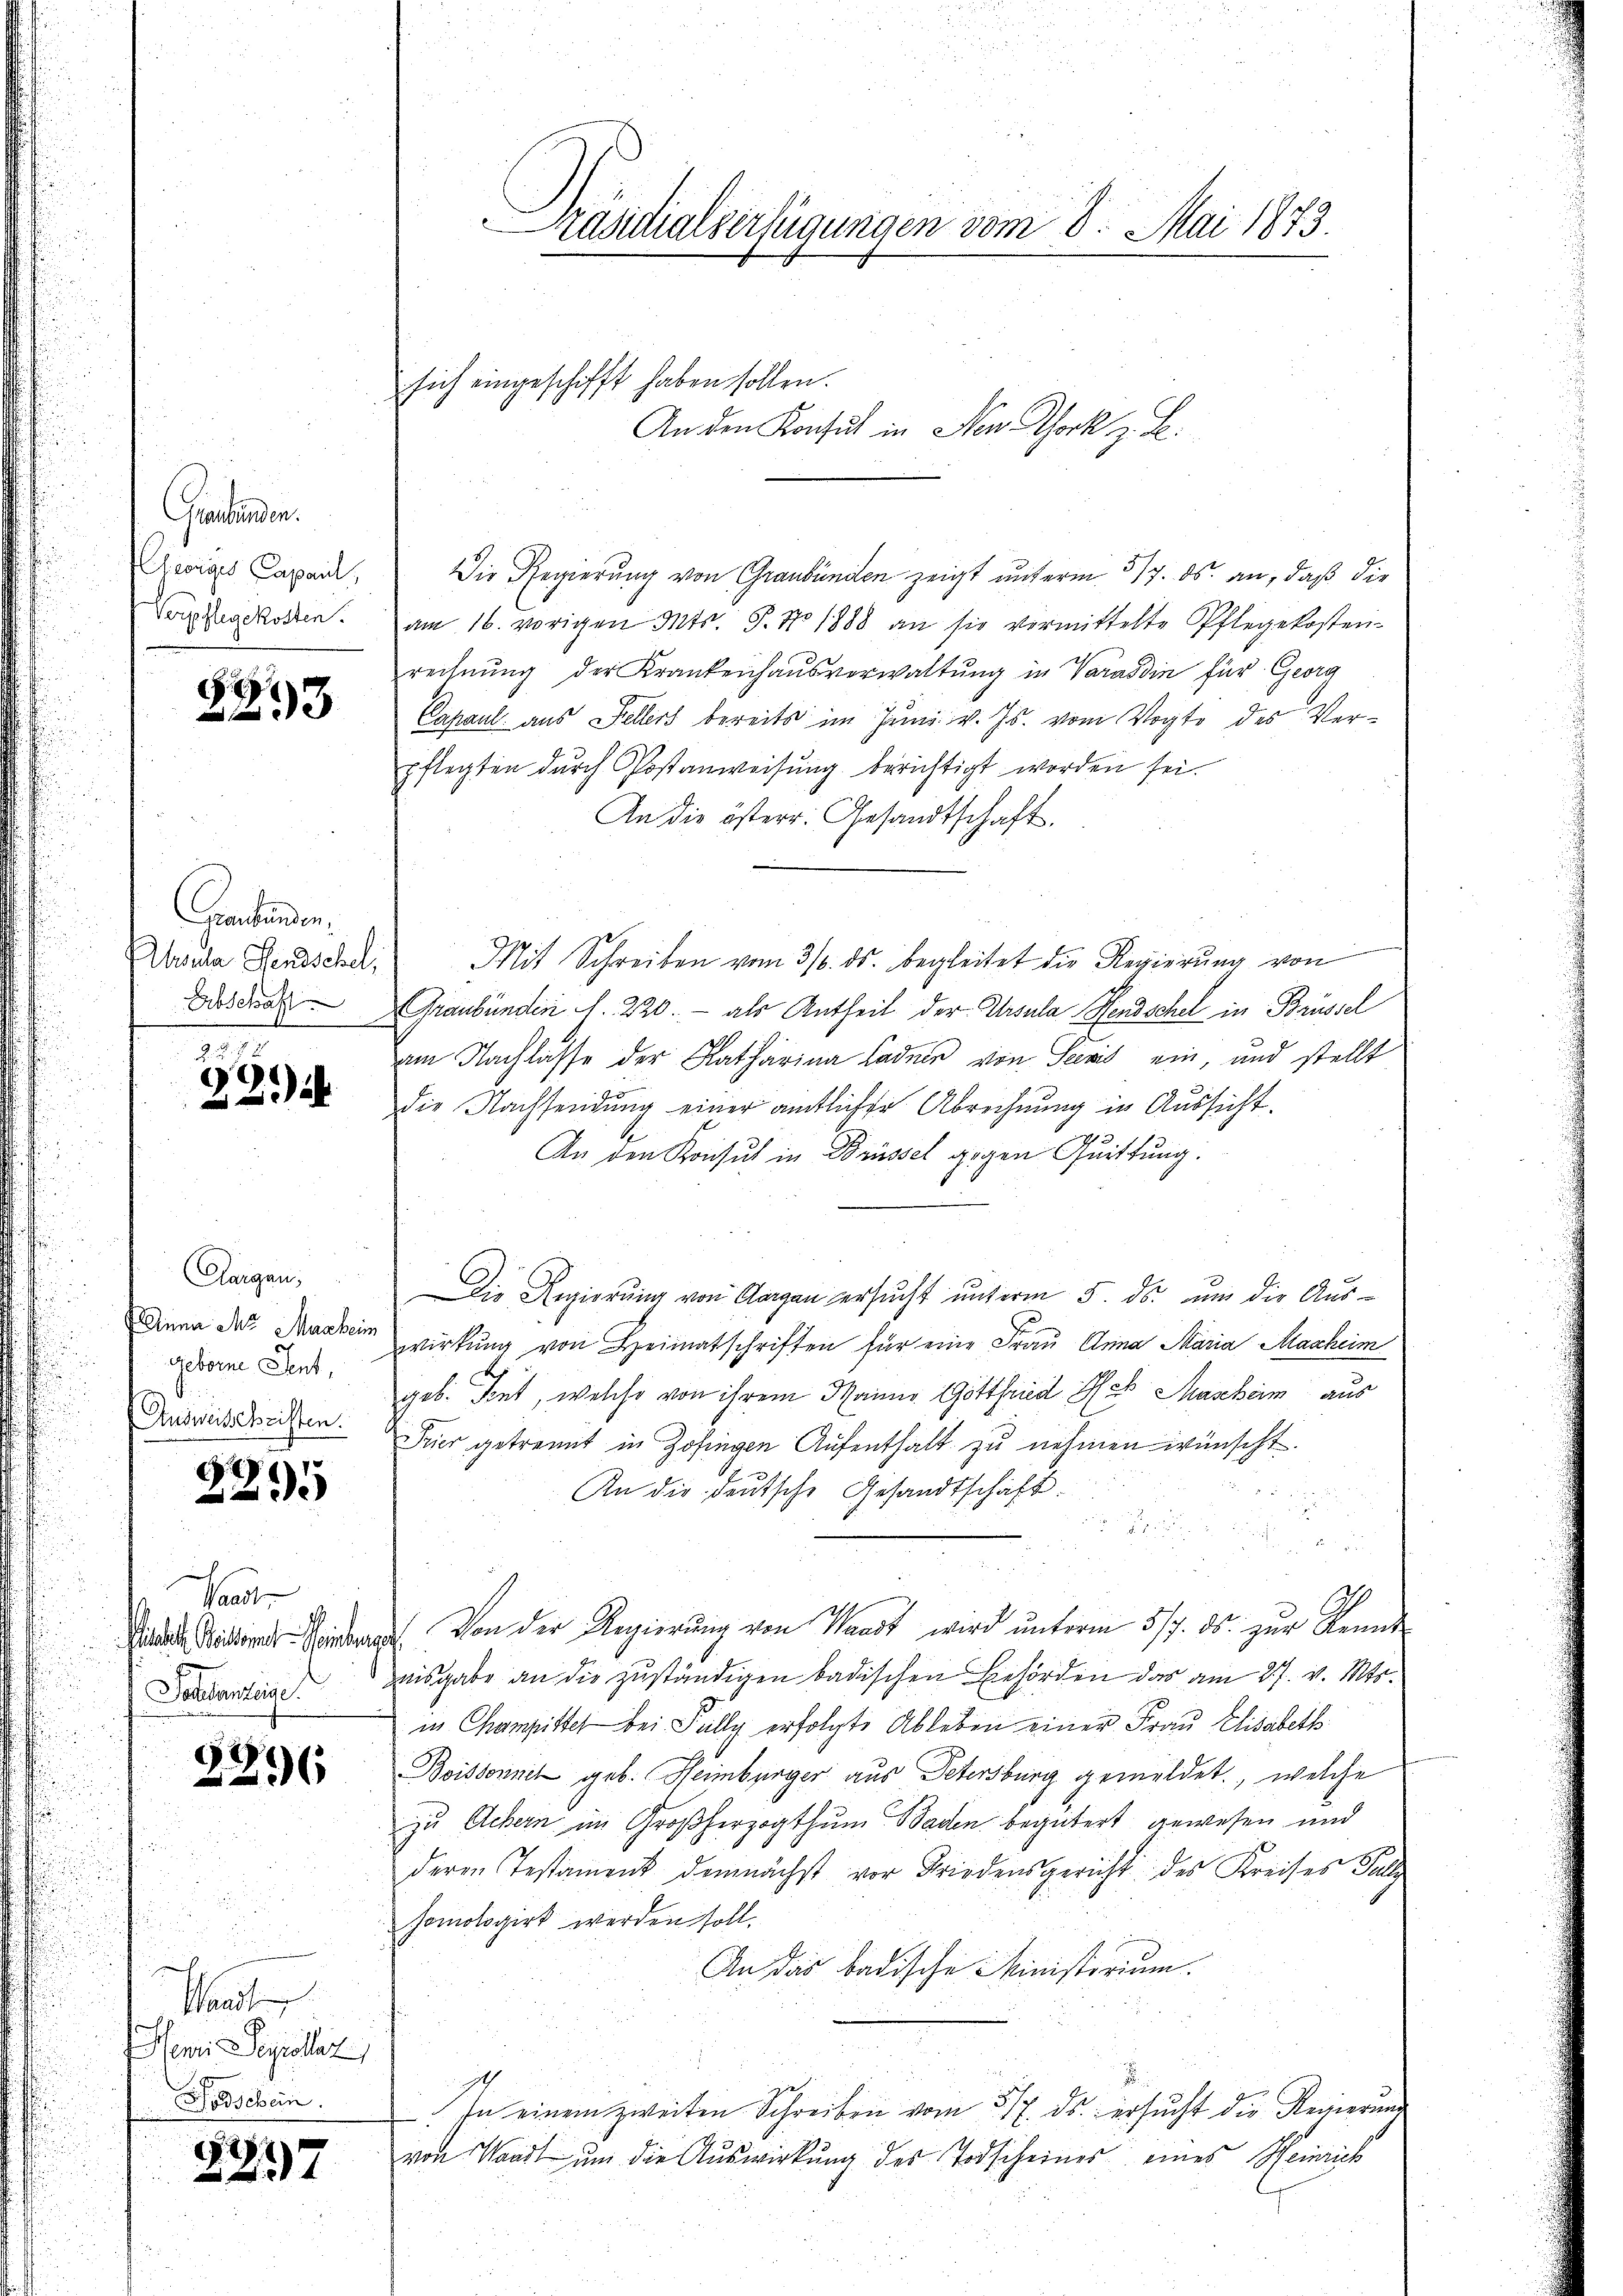
Grentenden.
Verpflegekosten.

2293

Graubünden,

Z. 2
c
22

Aargau,
geborne Sent,
Ausweisschriften.

.
2295

.
.
Waadt
Wisse Meiernat-Montrage
Todesanzeige.

2296

1
Masten
Hami Serpellen,
oschein.

2297

Präsidialverfügungen vom 8. Mai 1873.

wigs Capar. Die Regierung von Graubünden zeigt unterm 317. ds. an, daß die
am 16. vorigen Mts. S. No 1888 an sie vermittelte Pflegekosten-
rechnŭng der Krankenhausverwaltŭng in Varasdin für Georg
Capaul aus Fellers bereits im Juni v. Js. vom Vogte des Verpflegten durch Postanweisung berichtigt worden sei.
An die österr. Gesandtschaft.
Dasda Herrsche Mit Schreiben vom 31. ds. begleitet die Regierŭng von
Disses Graubünden . 220. - als Antheil der Ursula Hendschel in Brüssel
am Nachlasse der Katharina Lader von Seevit ein, und stellt
die Nachsendung einer amtlicher Abrechnung in Aussicht.
An den Konsul in Brüssel gegen Quittung.
Die Regierung von Aargau ersucht unterm 5. ds. um die Aus-
Dinna das Massen wirkung von Heimatschriften für eine Frau Anna Maria Maaheim
geb. Tent, welche von ihrem Mann Gottfried Hess Mascheim aus
Feier getrennt in Zofingen Aufenthalt zu nehmen wünscht.

An die Deutsche Gesandtschäft.

¬
.
20
Von der Regierŭng von Waadt wird ŭnterm 5/7. ds. zŭr Kennt-
wisgabe an die zuständigen badischen Behörden das am 27. v. Mts.
in Champitel bei Falle erfolgte Ableben einer Frau Elisabeth
Boissonnet geb. Heimbürger aus Petersburg gemeldet, welche
zu Achern im Großherzogthum Baden begübert gewesen und
deren Testament demnächst vor Friedensgericht des Kreises Falle
homologirt werden soll.
An das badische Ministorium.
4
In einem zweiten Schreiben vom 317. ds. ersŭcht die Regierung
von Waadt um die Auswirkung des Todscheines eines Heinrich

sich eingeschifft haben sollen.

An den Konsul in Nen Thork z. B.